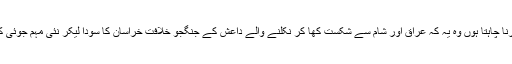
ایک بات اور عرض کرنا چاہتا ہوں وہ یہ کہ عراق اور شام سے شکست کھا کر نکلنے والے داعش کے جنگجو خلافت خراسان کا سودا لیکر نئی مہم جوئی کیلئے پرتو ل رہے ہیں۔